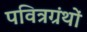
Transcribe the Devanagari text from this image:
पवित्रग्रंथों